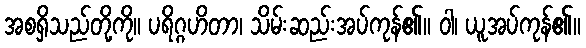
အစရှိသည်တို့ကို။ ပရိဂ္ဂဟိတာ၊ သိမ်းဆည်းအပ်ကုန်၏။ ဝါ၊ ယူအပ်ကုန်၏။